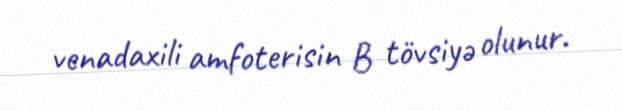
venadaxili amfoterisin B tövsiyə olunur.